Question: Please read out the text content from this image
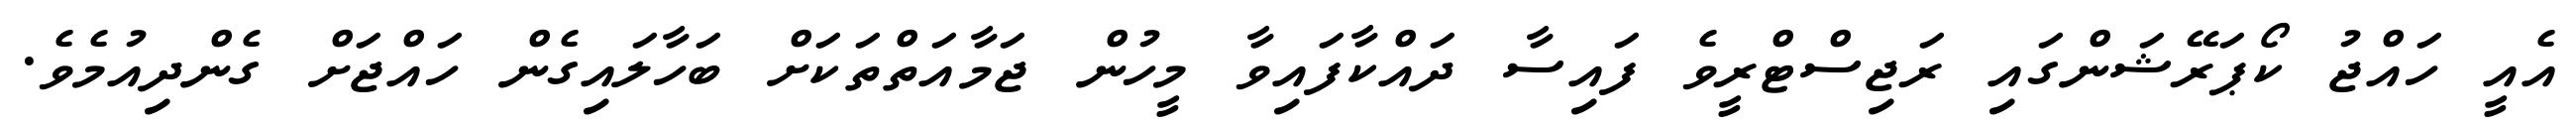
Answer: އެއީ ހައްޖު ކޯޕަރޭޝަންގައި ރަޖިސްޓްރީވެ ފައިސާ ދައްކާފައިވާ މީހުން ޖަމާއަތްތަކަށް ބަހާލައިގެން ހައްޖަށް ގެންދިއުމެވެ.